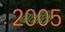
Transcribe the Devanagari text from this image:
ग्रंथोंकिं